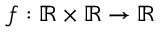
f : \mathbb { R } \times \mathbb { R } \to \mathbb { R }